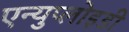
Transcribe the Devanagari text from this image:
एन्युप्लोइडी